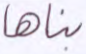
بناها